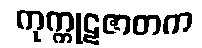
ကုက္ကုဋဇာတက